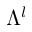
\Lambda ^ { l }